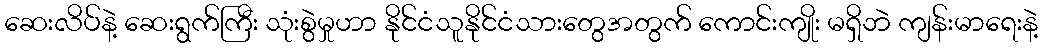
ဆေးလိပ်နဲ့ ဆေးရွက်ကြီး သုံးစွဲမှုဟာ နိုင်ငံသူနိုင်ငံသားတွေအတွက် ကောင်းကျိုး မရှိဘဲ ကျန်းမာရေးနဲ့